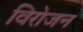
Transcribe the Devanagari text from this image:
विरोजन